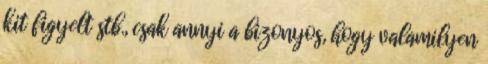
kit figyelt stb., csak annyi a bizonyos, hogy valamilyen